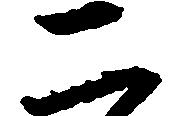
二